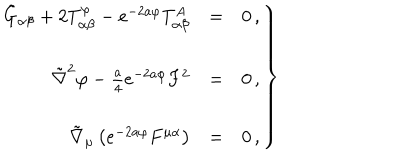
\left. \begin{array} { r c l } { { \tilde { G } _ { \alpha \beta } + 2 T _ { \alpha \beta } ^ { \varphi } - e ^ { - 2 a \varphi } T _ { \alpha \beta } ^ { A } } } & { { = } } & { { 0 \, , } } \\ { { } } & { { } } & { { } } \\ { { \tilde { \nabla } ^ { 2 } \varphi - { \textstyle \frac { a } { 4 } } e ^ { - 2 a \varphi } F ^ { 2 } } } & { { = } } & { { 0 \, , } } \\ { { } } & { { } } & { { } } \\ { { \tilde { \nabla } _ { \mu } \left( e ^ { - 2 a \varphi } F ^ { \mu \alpha } \right) } } & { { = } } & { { 0 \, , } } \\ \end{array} \right\}